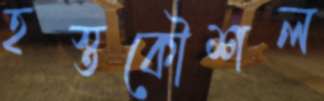
হস্তকৌশল